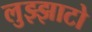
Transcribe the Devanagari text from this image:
लुझ्झाटो